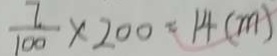
\frac { 7 } { 1 0 0 } \times 2 0 0 = 1 4 ( m )